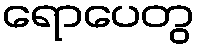
ရောပေတွ